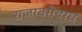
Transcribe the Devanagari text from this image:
राजाबरोबरच